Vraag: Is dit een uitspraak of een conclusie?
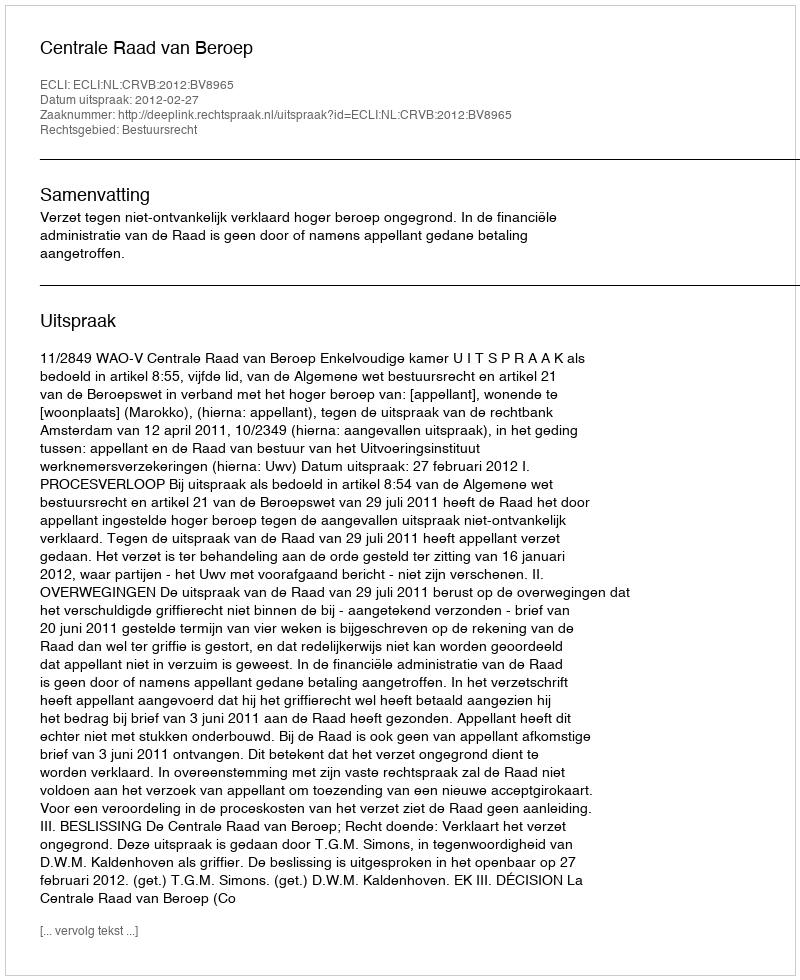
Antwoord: Uitspraak